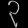
Digit: ၃